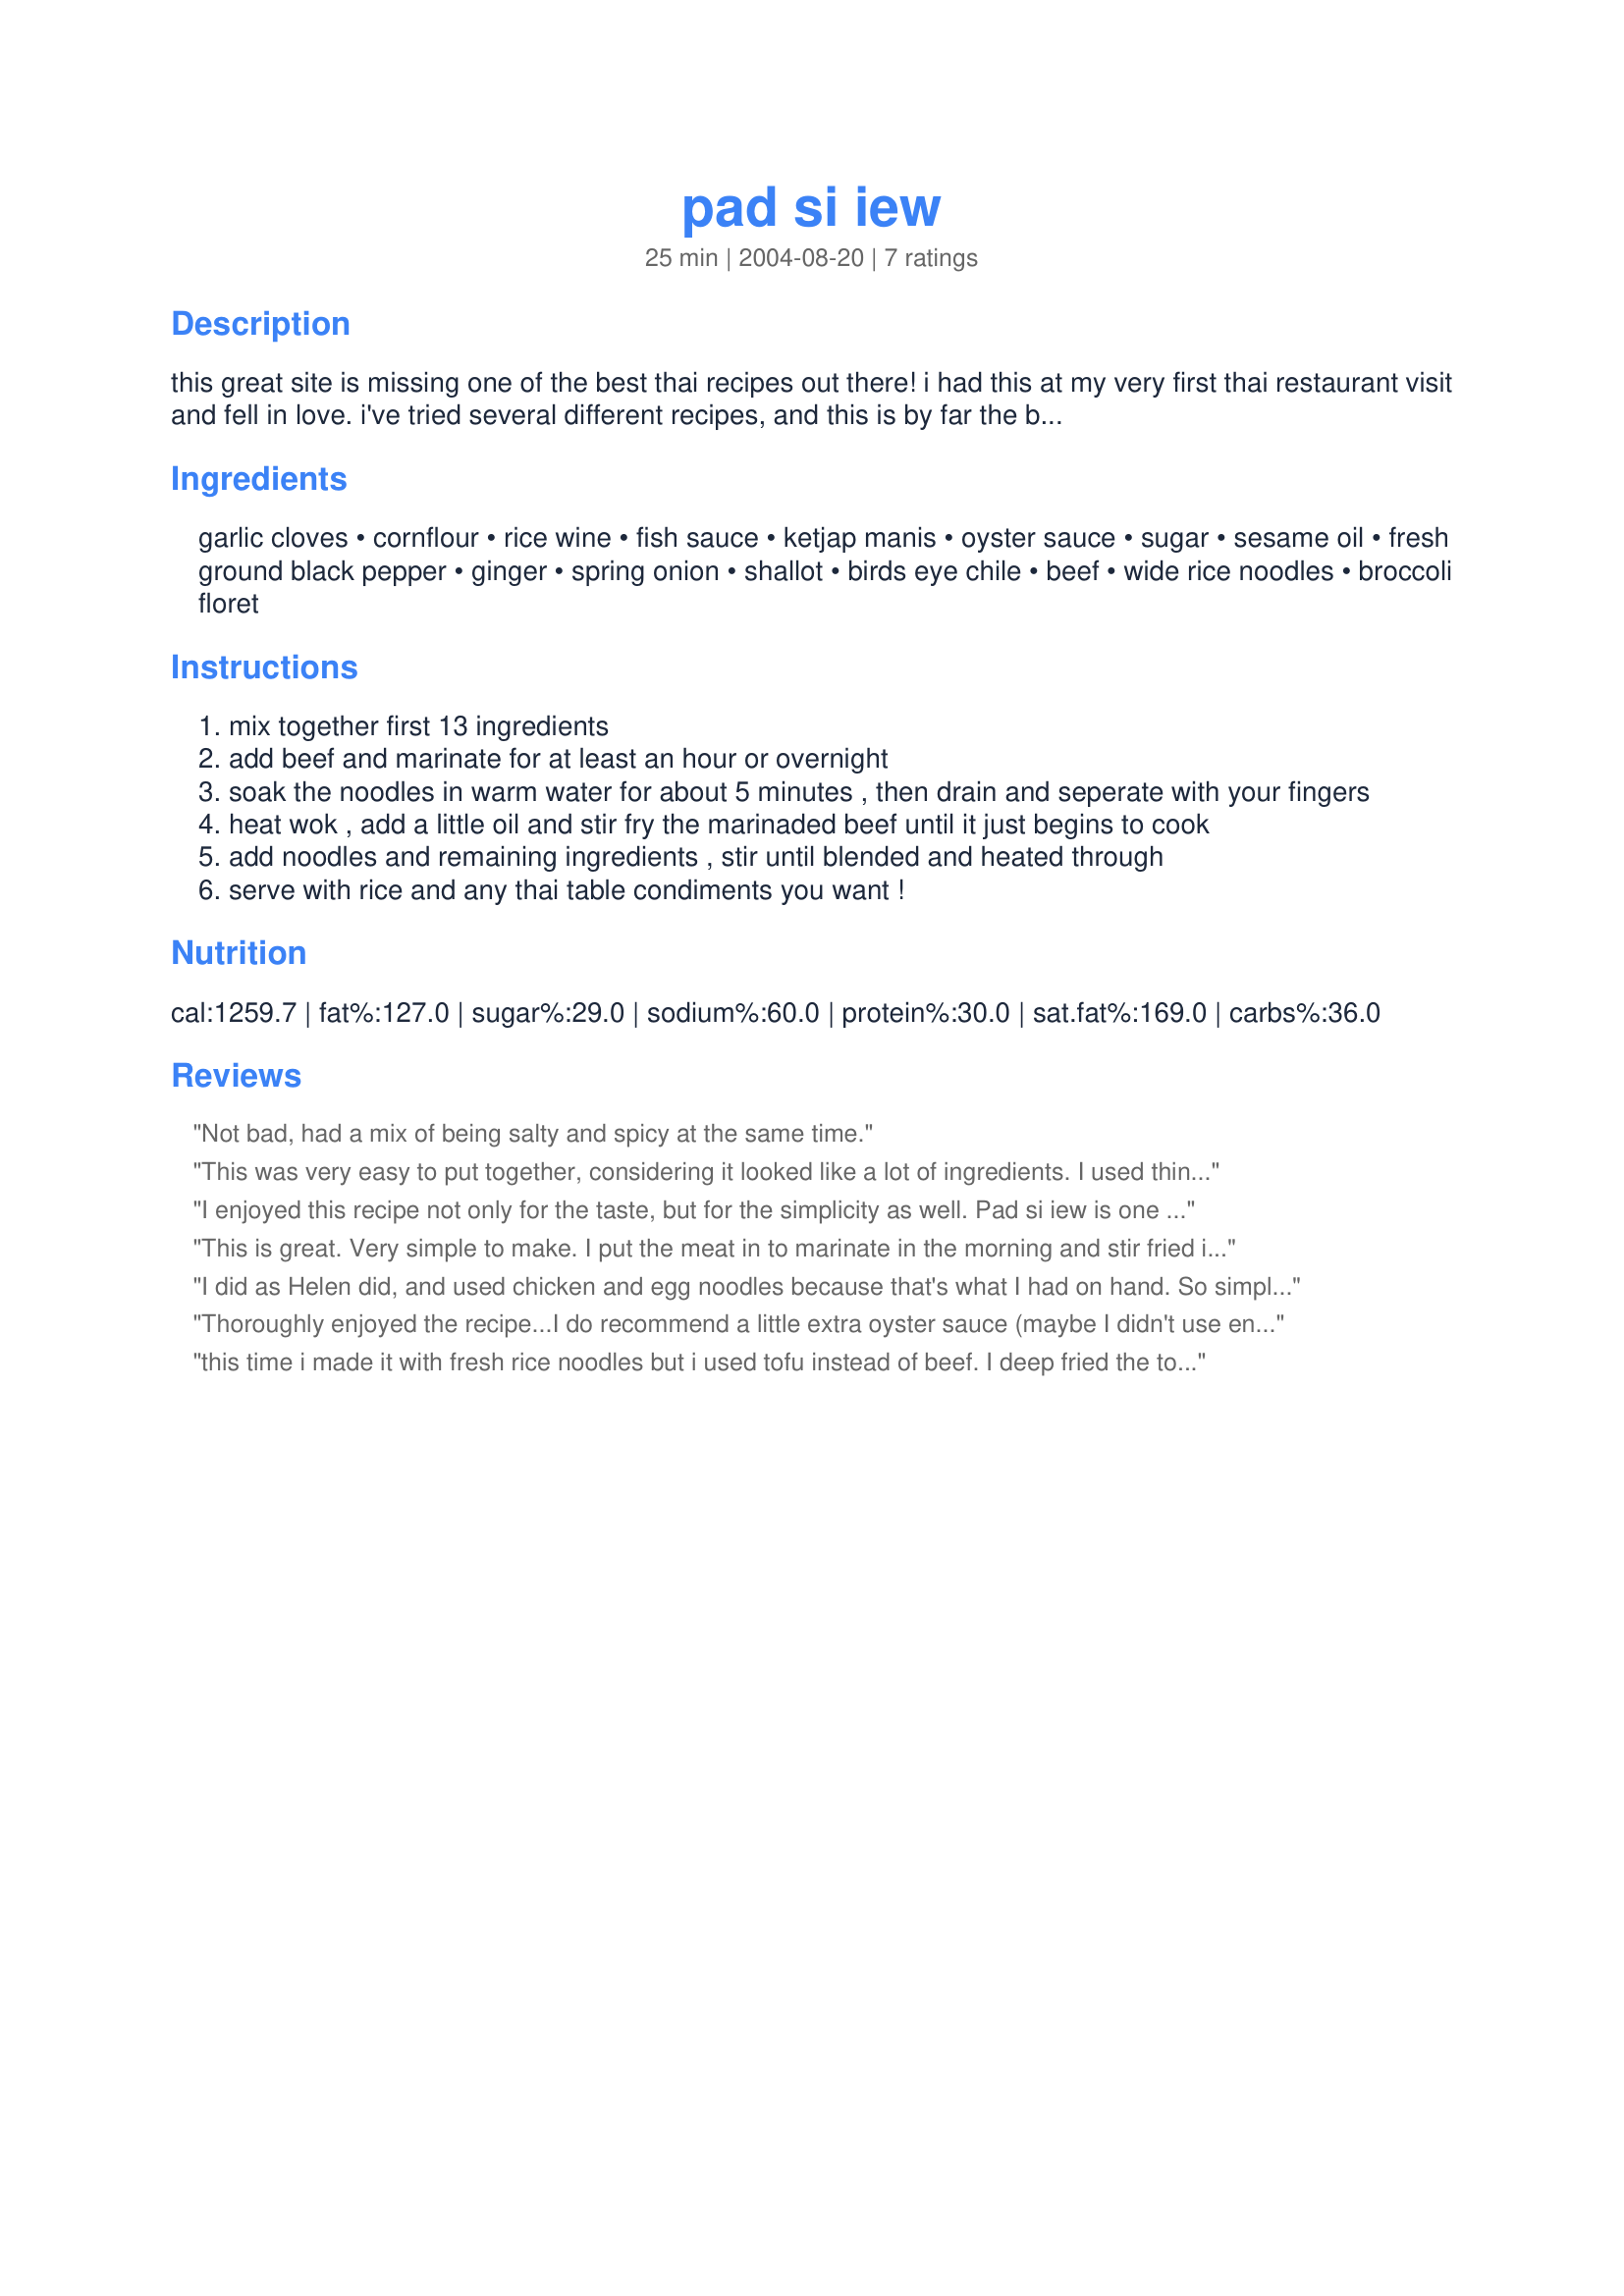
pad si iew
Preparation time: 25 minutes

this great site is missing one of the best thai recipes out there! i had this at my very first thai restaurant visit and fell in love. i've tried several different recipes, and this is by far the best; i found it somewhere on the net, and adapted it a little! i made this for the first time on dh's birthday, and he loved it! looks like lots of ingredients, but is mega easy, just toss everything together to marinate the night before and dinner's ready when you get home! preparation time does not include marinating time.

Ingredients:
garlic cloves, cornflour, rice wine, fish sauce, ketjap manis, oyster sauce, sugar, sesame oil, fresh ground black pepper, ginger, spring onion, shallot, birds eye chile, beef, wide rice noodles, broccoli floret

Steps:
mix together first 13 ingredients
add beef and marinate for at least an hour or overnight
soak the noodles in warm water for about 5 minutes , then drain and seperate with your fingers
heat wok , add a little oil and stir fry the marinaded beef until it just begins to cook
add noodles and remaining ingredients , stir until blended and heated through
serve with rice and any thai table condiments you want !

Reviews:
Not bad, had a mix of being salty and spicy at the same time.
This was very easy to put together, considering it looked like a lot of ingredients. I used thinly sliced boneless, skinless chicken breasts instead of beef. I couldn't find fresh rice noodles, so I used dried thin ones.
I will look for the fresh ones and try this again, it was very good and had lots of flavour.

I enjoyed this recipe not only for the taste, but for the simplicity as well. Pad si iew is one of my favorite Thai dishes so I'm glad I came across this version. I also found this recipe at nikibone.com.
This is great. Very simple to make. I put the meat in to marinate in the morning and stir fried it for dinner. I only had 1 lb. of fresh shanghai noodles and found this was just the right amount of sauce for that amount of noodles. I did not have any broccoli so I added some carrots that I gave a quick stir fry to and put them aside until time to reheat with the noodles. Thanks for the recipe.
I did as Helen did, and used chicken and egg noodles because that's what I had on hand. So simple and so delicious. Can't wait to try it with tofu.
Thoroughly enjoyed the recipe...I do recommend a little extra oyster sauce (maybe I didn't use enough!) and I also substituted Sambal Olek instead of the chile pepper as that's what I had on hand. Very easy to cook, even for an amateur like me!
this time i made it with fresh rice noodles but i used tofu instead of beef. I deep fried the tofu first, then marinated it and it was soooo good!
